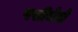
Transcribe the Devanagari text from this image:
पसीनेसे